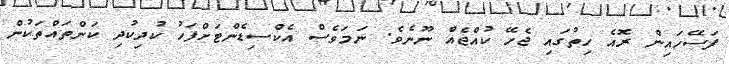
ފަސޭހައިން ރޮއެ ހިތުގައި ޖެހޭ ކުއްޖެއް ނޫނެވެ. ނަމަވެސް އެކްސިޑެންޓަށްފަހު ކުދިކުދި ކަންތައްތަކުން